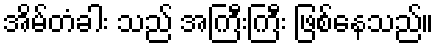
အိမ်တံခါး သည် အကြီးကြီး ဖြစ်နေသည်။